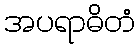
အပရာဓိတံ